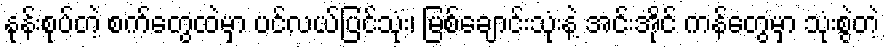
နုန်းစုပ်တဲ့ စက်တွေထဲမှာ ပင်လယ်ပြင်သုံး၊ မြစ်ချောင်းသုံးနဲ့ အင်းအိုင် ကန်တွေမှာ သုံးစွဲတဲ့